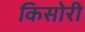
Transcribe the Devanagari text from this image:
किसोरी